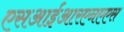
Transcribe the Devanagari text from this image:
एसआईआरएनएएस